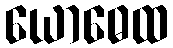
ယောဓေထ